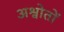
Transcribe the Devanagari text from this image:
अश्वोतों